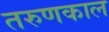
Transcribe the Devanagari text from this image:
तरुणकाल